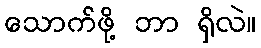
သောက်ဖို့ ဘာ ရှိလဲ။